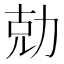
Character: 勀